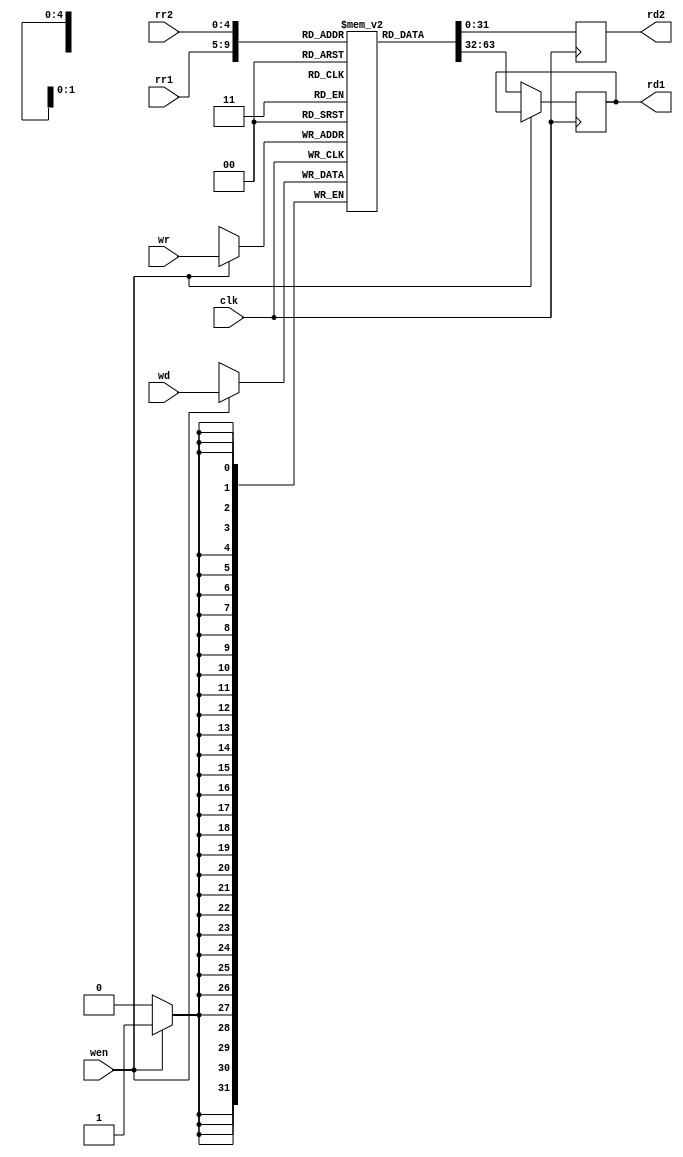
module registerfile(rr1,rr2,wr,wd,wen,clk,rd1,rd2);
input [4:0] rr1;
input [4:0] rr2;
input [4:0] wr;
input [31:0] wd;
input wen;
output reg [31:0] rd1;
output reg [31:0] rd2;
input clk;
reg [31:0] f [31:0];

always @(posedge clk ) 
begin
    if(wen)
   f[wr] <= wd;  
   else if (wen==0)
   rd1=f[rr1];
   rd2=f[rr2];
end
endmodule